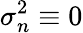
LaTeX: \sigma_{n}^{2}\equiv 0